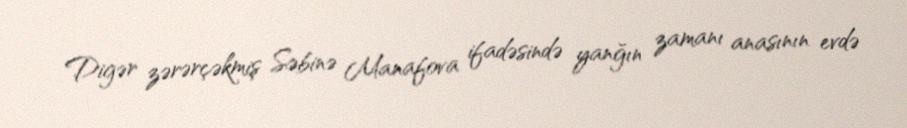
Digər zərərçəkmiş Səbinə Manafova ifadəsində yanğın zamanı anasının evdə